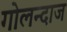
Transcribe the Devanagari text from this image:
गोलन्दाज